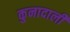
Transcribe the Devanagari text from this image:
कुनादाली